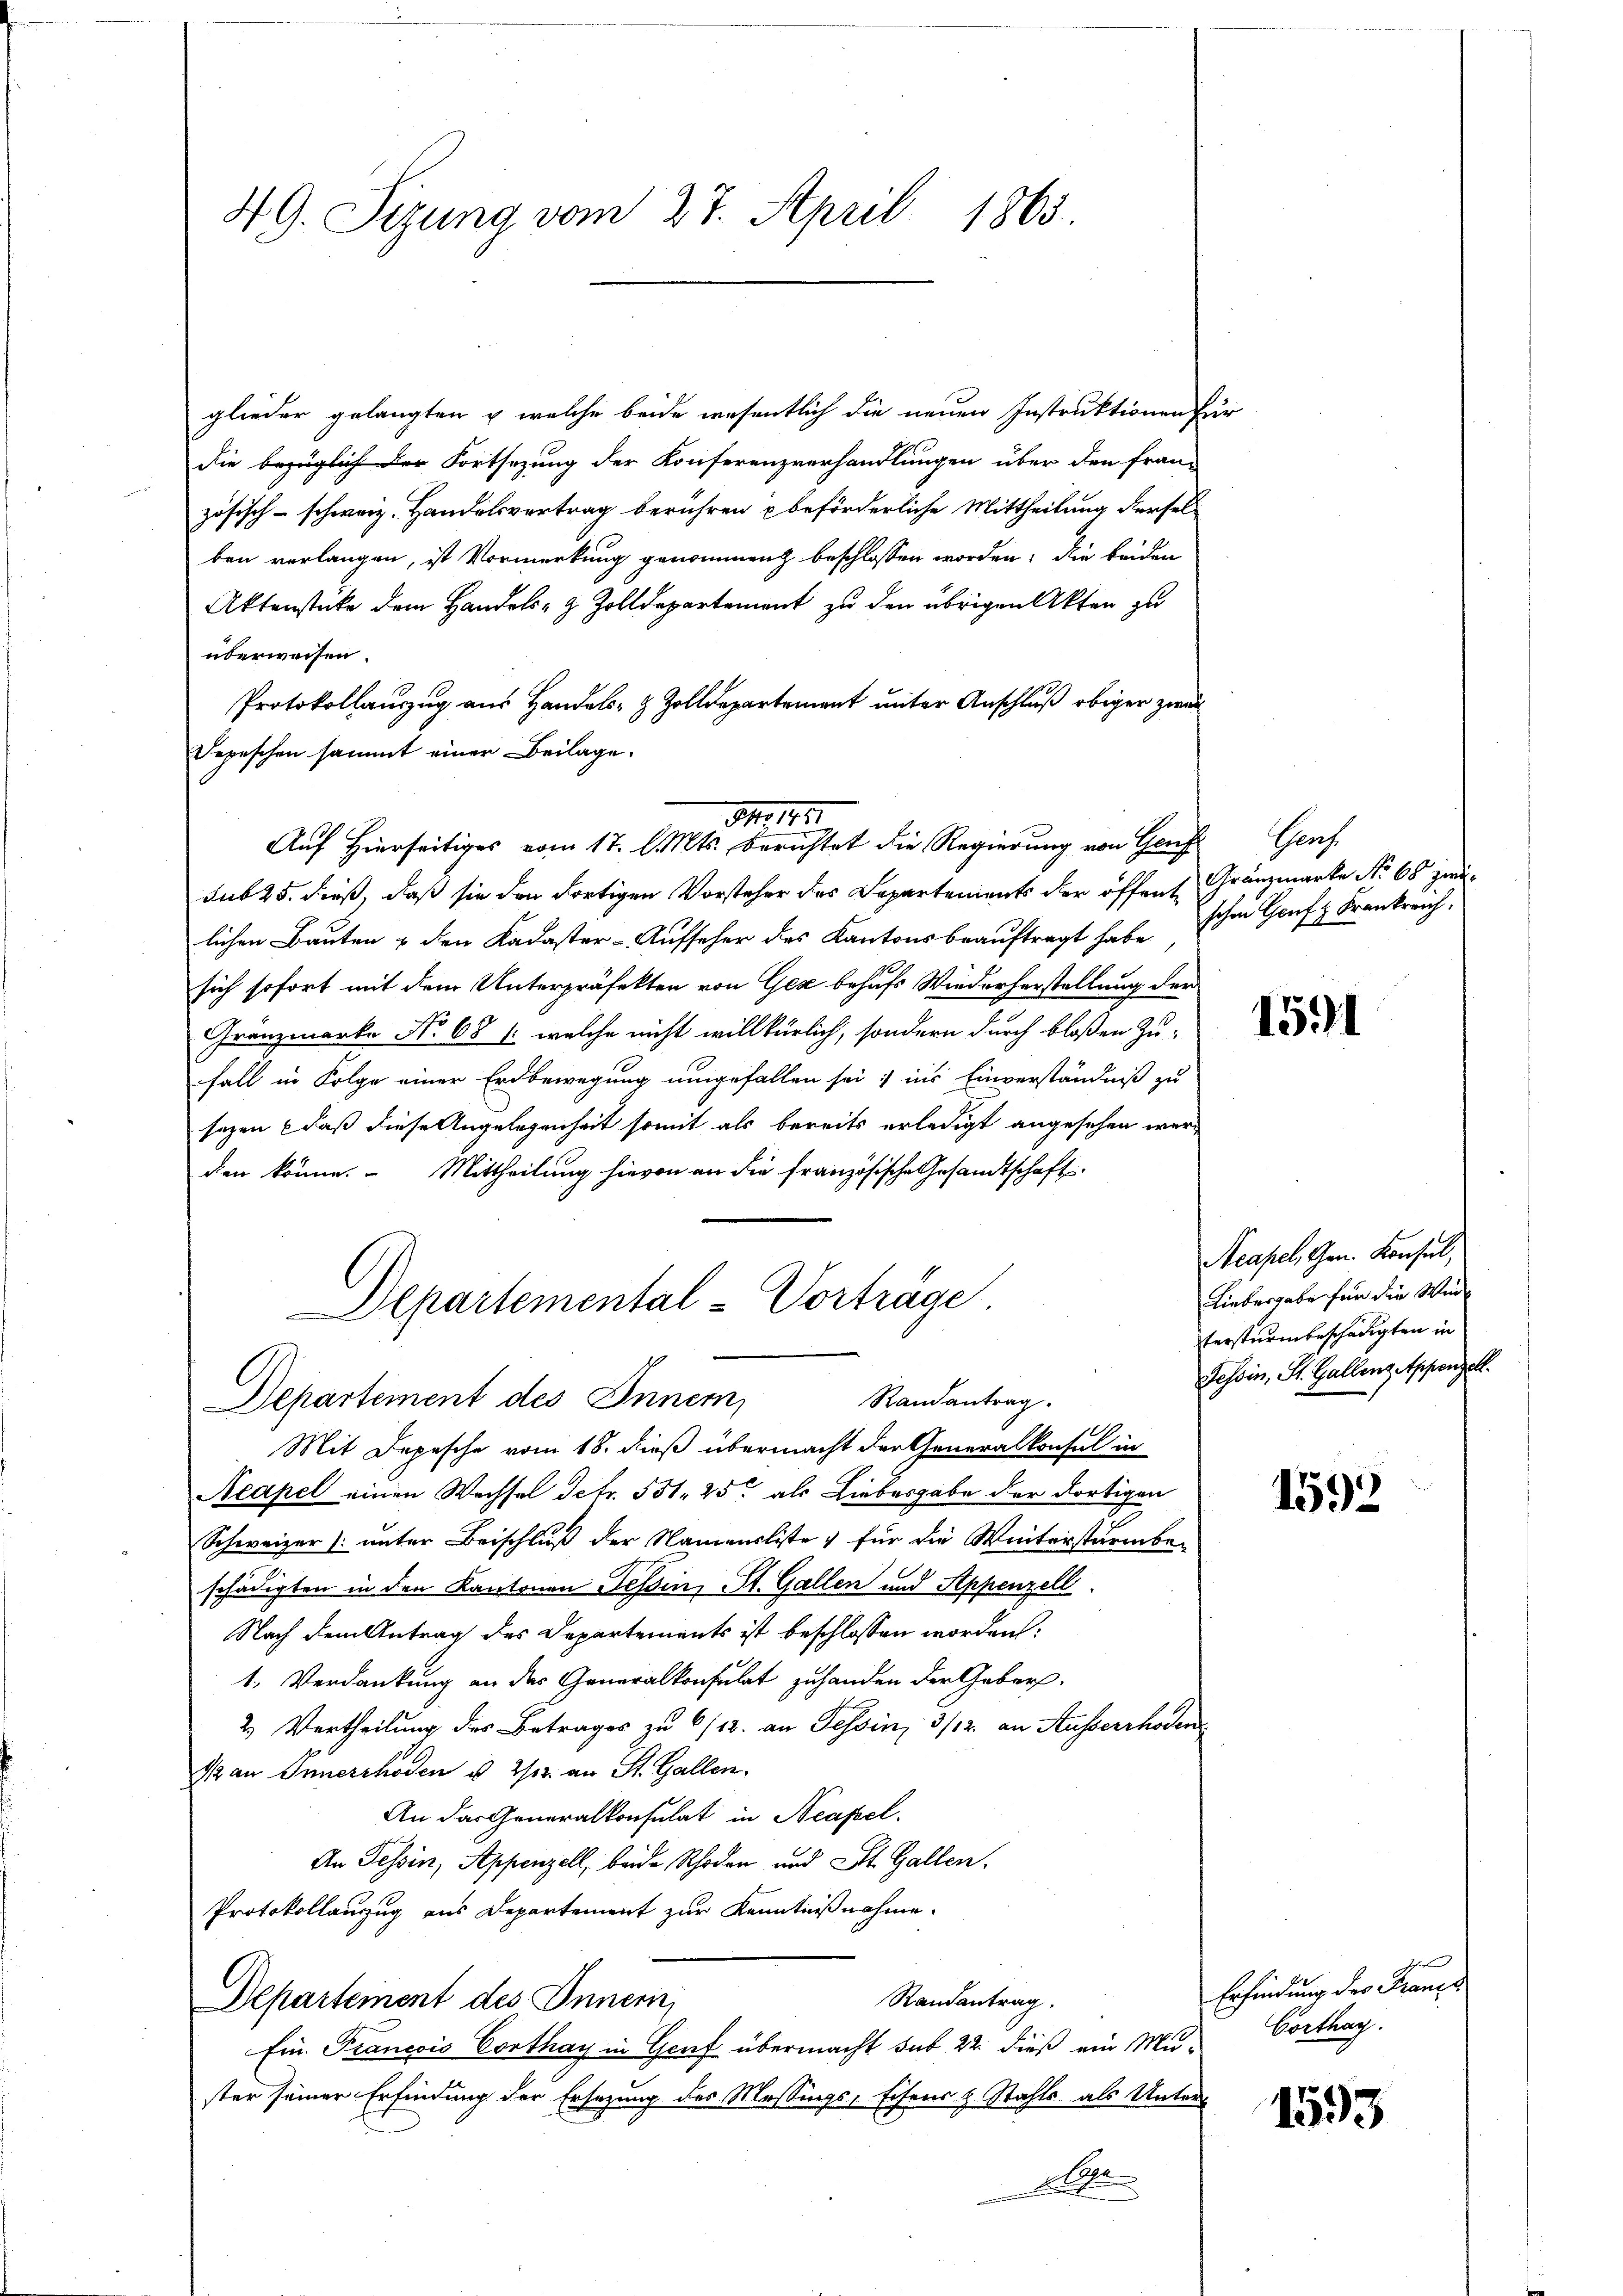
49. Sizung vom 27. April 1865.

glieder gelangten & welche beide wesentlich die neuen Instruktionen für
die bezüglich der Fortsezung der Konferenzverhandlungen über den fran-
zösisch-schweiz. Handelsvertrag berühren beförderliche Mittheilung dersel-
ben verlangen, ist Vormerkung genommen beschlossen worden, die beiden
Aktenstücke dem Handels- & Zolldepartement zu den übrigen Akten zu
überweisen.
Protokollauszug aus Handels- & Zolldepartement unter Anschluß obiger zwei
Depeschen sammt einer Beilage.
sub 25. dieß, daß sie den dortigen Vorsteher des Departements der öffent, Gränzmarke No 68 zweilichen Bauten & den Kadaster-Aufseher des Kantons beauftragt habe
sich sofort mit dem Unterpräfekten von Gez behufs Wiederherstellung der
Gränzmarke No 68 /: welche nicht willkürlich, sondern durch bloßen Zu-
fall in Folge einer Erdbewegung umgefallen sei; ins Einverständniß zu
sezen daß diese Angelegenheit somit als bereits erledigt angesehen werden könne. Mittheilung hievon an die französische Gesandtschaft
Departemental-Vorträge
Randantrag.
Departement des Inner,
Mit Depesche vom 18. dieß übermacht der Generalkonsul in
Acapel einen Wechsel detr. 551. 25 als Liebesgabe der dortigen
Schweizer (unter Beischluß der Namensliste, für die Winterstärmbeschädigten in den Kantonen Tessin, St. Gallen und Appenzell
Nach dem Antrag des Departements ist beschlossen worden:
1. Verdankung an der Generalkonsulat zuhanden der Geber-
2) Vertheilung des Betrages zu 6/12. an Tessin, 3/12. an Ausserrhoden
Mau Innerrhoden u 2/3. an St. Gallen,
An das Generalkonsulat in Neapel
An Tessin, Appenzell, beide Schaden und St. Gallen.
Protokollanzug aus Departement zur Kenntnißnahme.
Randantrag.
Departement des Innern,
Ein Francois Corthay in Genf übermacht sub 22. dieß ein Mu-
ster seiner Erfindung der Ersezung des Messings, Eisens z. Stahls als Unters
Allen

Ao 1871
Auf Hierseitiges vom 17. d. Mts. berichtet die Regierung von Genf Genf

schon Genf & Frankreich

1591

Neapel Gem. Konsul
Liebergabe für die Wintersturm beschädigten in
Tessin, St. Gallenz, Appenzell.

1592

Erfindung der Franzs
Corthag.

1593